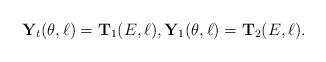
LaTeX: \begin{align*}{\mathbf Y}_t(\theta,\ell) ={\mathbf T}_1(E, \ell), {\mathbf Y}_1(\theta, \ell) = {\mathbf T}_2(E,\ell).\end{align*}